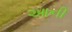
આની